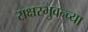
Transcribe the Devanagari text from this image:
राक्षस्भुवन्च्या